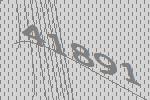
41891